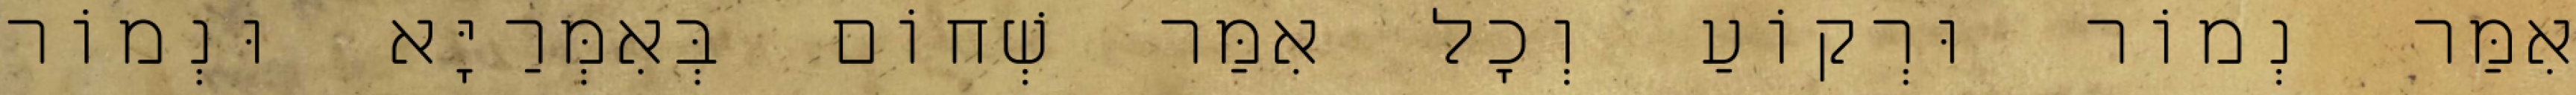
אִמַּר נְמוֹר וּרְקוֹעַ וְכָל אִמַּר שְׁחוֹם בְּאִמְּרַיָּא וּנְמוֹר